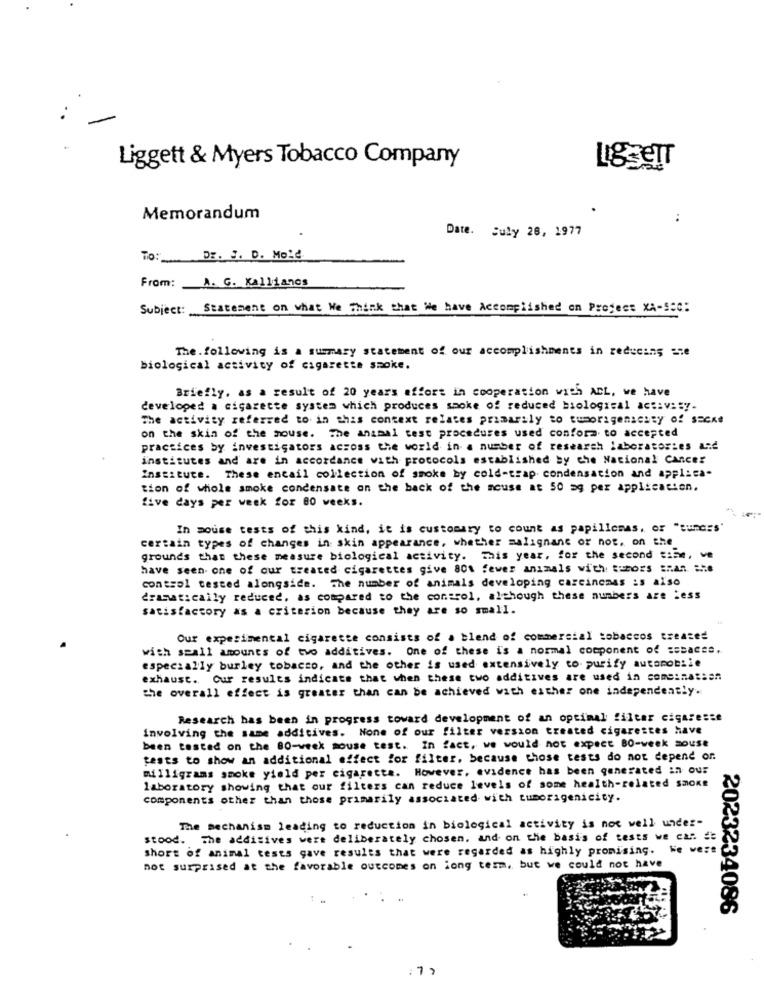
Liggett & Myers Tobacco Company
LiggeIT
Memorandum
:
Date. July 26, 1977
TO:
DE. S. D. Mole.
From:
A. G. Kallianes
Subject:
Statement on what We Think that We have Accomplished on Project XA-SSC:
The. following is a summary statement of our accomplishments in reducing ane
biological activity of cigarette smoke.
Briefly, as a result of 20 years effort in cooperation with ACL, we have
developed a cigarette system which produces shoke of reduced biological act:v: sy.
The activity referred to. in this context relates primarily to tumorigensesty of SECKe
on the skin of the mouse. The animal test procedures used confora to accepted
practices by investigators across the world in- a number of research laboratories and
institutes and are in accordance with protocols established by che National Cancer
Institute. These encail collection of smoke by cold-trap condensation and applica-
tion of whole smoke condensate on the back of the mouse at 50 mg per application.
five days per week for 80 weeks.
In mouse tests of this kind, it is customary to count as papillomas. or "Bundes'
certain types of changes in skin appearance, whether malignant or not. on the
grounds that these measure biological activity. This year, for the second time, we
have seen- one of our treated cigarettes give 80% fewer animals with Subors shan. a.e
contsol tested alongside. The number of animals developing carcinomas :s also
dramatically reduced, as compared to the control, although these numbers are Less
satisfactory as a criterion because they are so small.
Our experimental cigarette consists of a blend of commercial tobaccos treated
with small amounts of two additives. One of these is a normal component of schaccs.
especially burley tobacco, and the other is used extensively to purify automobile
exhaust. Our results indicate that when these two additives are used in someinassen
the overall effect is greater than can be achieved with either one independently.
Research has been in progress toward development of an optimal filter cigaresse
involving the same additives. None of our filter version created cigarettes have
been tested on the 80-week mouse test. In fact, we would not expect 80-week mouse
tests to show an additional effect for filter, because those tests do not depend or.
milligrams smoke yield per cigarette. However, evidence has been generated in our
laboratory showing that our filters can reduce levels of some health-related smoke
components other than those primarily associated with tumorigenicity.
The mechanism leading to reduction in biological activity is not well under-
stood. The additives were deliberately chosen. and on the basis of tests we can #
short of animal tests gave results that were regarded as highly promising. We were
not surprised at the favorable outcomes on long term, but we could not have
2023234086
: 7 )